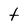
Character: t